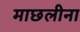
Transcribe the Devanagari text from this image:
माछलीना